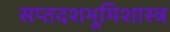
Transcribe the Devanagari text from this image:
सप्तदशभूमिशास्त्र